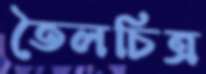
তৈলচিত্র